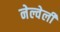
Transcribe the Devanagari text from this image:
नेल्वेली